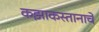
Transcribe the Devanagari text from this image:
कझाकस्तानाचे